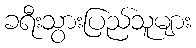
ခရီးသွားပြည်သူများ